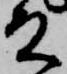
殿